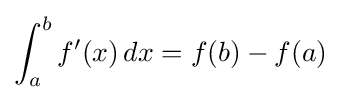
\int _{a}^{b}f^{\prime }(x)\,dx=f(b)-f(a)